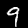
Digit: 9